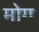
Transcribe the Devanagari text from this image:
मोगू